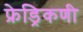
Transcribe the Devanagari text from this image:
फ्रेड्रिकणी